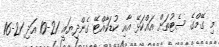
މި ގޭމްގެ ސެޓުތަށް އައްކަޅޭ އާއި ކުޑަކާއްޓޭ ގެންދިޔައީ 21-10 އަދި 21-16